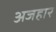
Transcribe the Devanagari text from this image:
अजहार